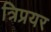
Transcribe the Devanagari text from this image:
त्रिप्रयर